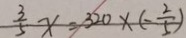
\frac { 3 } { 5 } x = 3 2 0 \times ( - \frac { 2 } { 5 } )